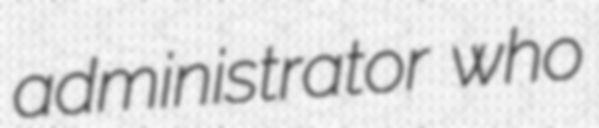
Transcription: administrator who